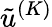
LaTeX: \tilde{u}^{(K)}